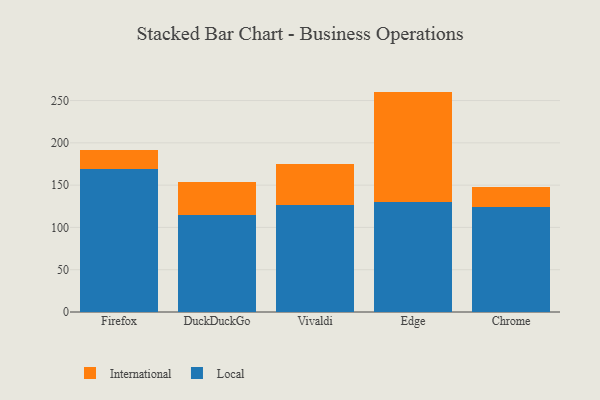
{"axis": {"x": "Browser", "y": "Conversion Rate (%)"}, "legend": ["International", "Local"], "data": [{"x": "Firefox", "y": 169.1, "type": "Local"}, {"x": "Firefox", "y": 22.7, "type": "International"}, {"x": "DuckDuckGo", "y": 115.2, "type": "Local"}, {"x": "DuckDuckGo", "y": 39.0, "type": "International"}, {"x": "Vivaldi", "y": 126.7, "type": "Local"}, {"x": "Vivaldi", "y": 48.8, "type": "International"}, {"x": "Edge", "y": 130.4, "type": "Local"}, {"x": "Edge", "y": 130.2, "type": "International"}, {"x": "Chrome", "y": 123.9, "type": "Local"}, {"x": "Chrome", "y": 23.9, "type": "International"}]}